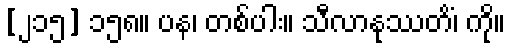
[၂၁၅] ၁၅၈။ ပန၊ တစ်ပါး။ သီလာနုဿတိံ၊ ကို။